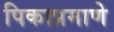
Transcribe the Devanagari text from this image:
पिकाप्रमाणे